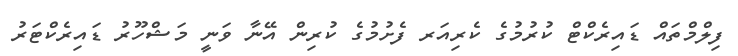
ފިލްމްތައް ޑައިރެކްޓް ކުރުމުގެ ކެރިއަރ ފެށުމުގެ ކުރިން އޭނާ ވަނީ މަޝްހޫރު ޑައިރެކްޓަރު